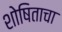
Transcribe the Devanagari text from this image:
शोषिताचा